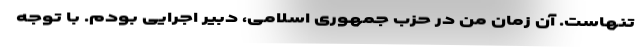
تنهاست. آن زمان من در حزب جمهوری اسلامی، دبیر اجرایی بودم. با توجه